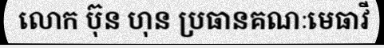
លោក ប៊ុន ហុន ប្រធានគណៈមេធាវី